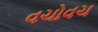
વચોવચ